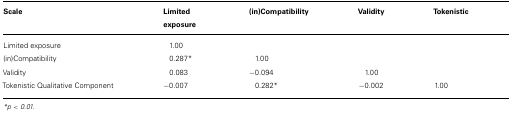
<table><thead><tr><td><b>Scale</b></td><td><b>Limited exposure</b></td><td><b>(in)Compatibility</b></td><td><b>Validity</b></td><td><b>Tokenistic</b></td></tr></thead><tbody><tr><td>Limited exposure</td><td>1.00</td><td></td><td></td><td></td></tr><tr><td>(in)Compatibility</td><td>0.287*</td><td>1.00</td><td></td><td></td></tr><tr><td>Validity</td><td>0.083</td><td>-0.094</td><td>1.00</td><td></td></tr><tr><td>Tokenistic Qualitative Component</td><td>-0.007</td><td>0.282*</td><td>-0.002</td><td>1.00</td></tr></tbody></table>